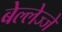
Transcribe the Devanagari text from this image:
बेल्लेज्जे